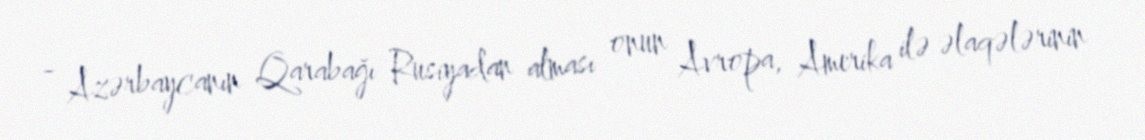
- Azərbaycanın Qarabağı Rusiyadan alması onun Avropa, Amerika ilə əlaqələrinin